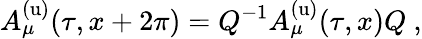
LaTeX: A_{\mu}^{\mathrm{(u)}}(\tau,x+2\pi)=Q^{-1}A_{\mu}^{\mathrm{(u)}}(\tau,x)Q~,